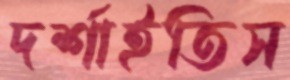
দর্শাইতিস